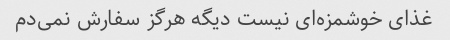
غذای خوشمزه‌ای نیست دیگه هرگز سفارش نمی‌دم